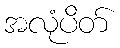
အလုံပိတ်